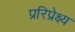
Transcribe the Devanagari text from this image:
प्ररिप्रेक्ष्य